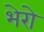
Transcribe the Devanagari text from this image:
भेरो